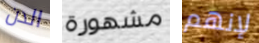
الدن مشهورة لإنهم